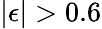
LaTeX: |\epsilon|>0.6